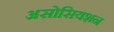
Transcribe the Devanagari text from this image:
असोसियशन